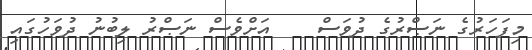
މިފަހަރުގެ ނަޞްރުގެ ދުވަސް    އަށްވެސް ނަޞްރު ލިބުނު ދުވަހުގައި